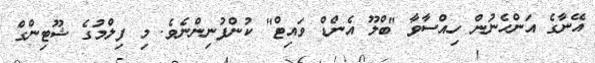
އޭނާގެ އަންހެނުން ހިއްސާވާ "ބްލޫ އެންޑް ވައިޓް" ކުންފުނިންނެވެ. މި ފިލްމުގެ ޝޫޓިންގް